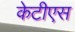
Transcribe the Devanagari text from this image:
केटीएस